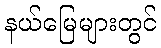
နယ်မြေများတွင်